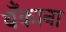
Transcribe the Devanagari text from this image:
बॅंकाना